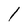
Character: l